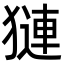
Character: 𬍁